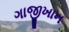
ગાજીખાન